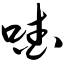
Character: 喳